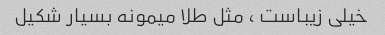
خیلی زیباست ، مثل طلا میمونه بسیار شکیل